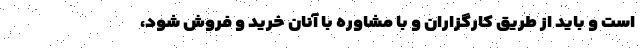
است و باید از طریق کارگزاران و با مشاوره با آنان خرید و فروش شود،